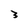
Character: 3